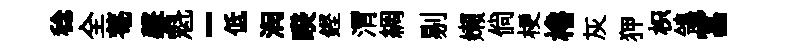
稔全菴馨魁-低润睽鏗渭綢剔嬾倘梗櫓灰狎枳鴒冨